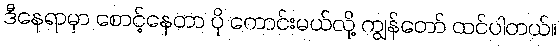
ဒီနေရာမှာ စောင့်နေတာ ပို ကောင်းမယ်လို့ ကျွန်တော် ထင်ပါတယ်။